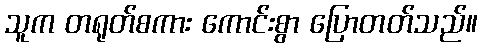
သူက တရုတ်စကား ကောင်းစွာ ပြောတတ်သည်။